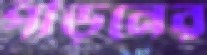
পীড়নের